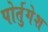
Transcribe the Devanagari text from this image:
पोर्तुगेश